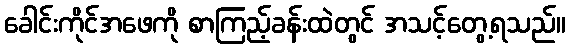
ခေါင်းကိုင်အဖေကို စာကြည့်ခန်းထဲတွင် အသင့်တွေ့ရသည်။